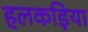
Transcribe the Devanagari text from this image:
हलकड़िया